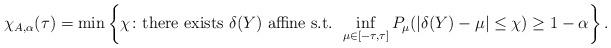
LaTeX: \begin{align*} \chi_{A,\alpha}(\tau)=\min \left\{\chi \colon \text{there exists $\delta(Y)$ affine s.t. } \inf_{\mu\in[-\tau,\tau]}P_\mu(|\delta(Y)-\mu|\le \chi)\ge 1-\alpha\right\}.\end{align*}